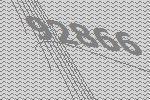
92866